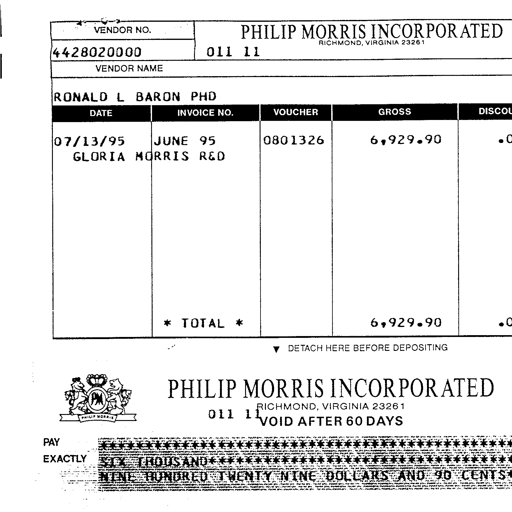
VENDOR NO.
PHILIP MORRIS INCORPORATED
RICHMOND, VIRGINIA 23261
4428020000 011 11
VENDOR NAME
RONALD L BARON PHD
DATE INVOICE NO. VOUCHER GROSS DISCOU
07/13/95 JUNE 95 0801326 6,929.90 .0
GLORIA MORRIS R&D
* TOTAL * 6,929.90 .0
▼ DETACH HERE BEFORE DEPOSITING
PHILIP MORRIS INCORPORATED
RICHMOND, VIRGINIA 23261
011 11 VOID AFTER 60 DAYS
PAY
EXACTLY SIX THOUSAND
NINE HUNDRED TWENTY NINE DOLLARS AND 90 CENTS